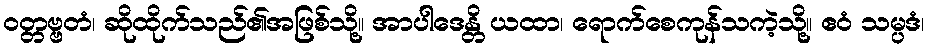
ဝတ္တဗ္ဗတံ၊ ဆိုထိုက်သည်၏အဖြစ်သို့။ အာပါဒေန္တိ ယထာ၊ ရောက်စေကုန်သကဲ့သို့။ ဧဝံ သမ္ပဒံ၊